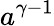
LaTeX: a^{\gamma-1}